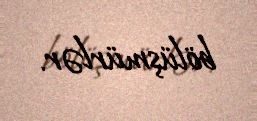
bölüşmürlər.